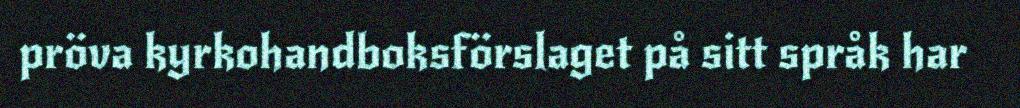
pröva kyrkohandboksförslaget på sitt språk har